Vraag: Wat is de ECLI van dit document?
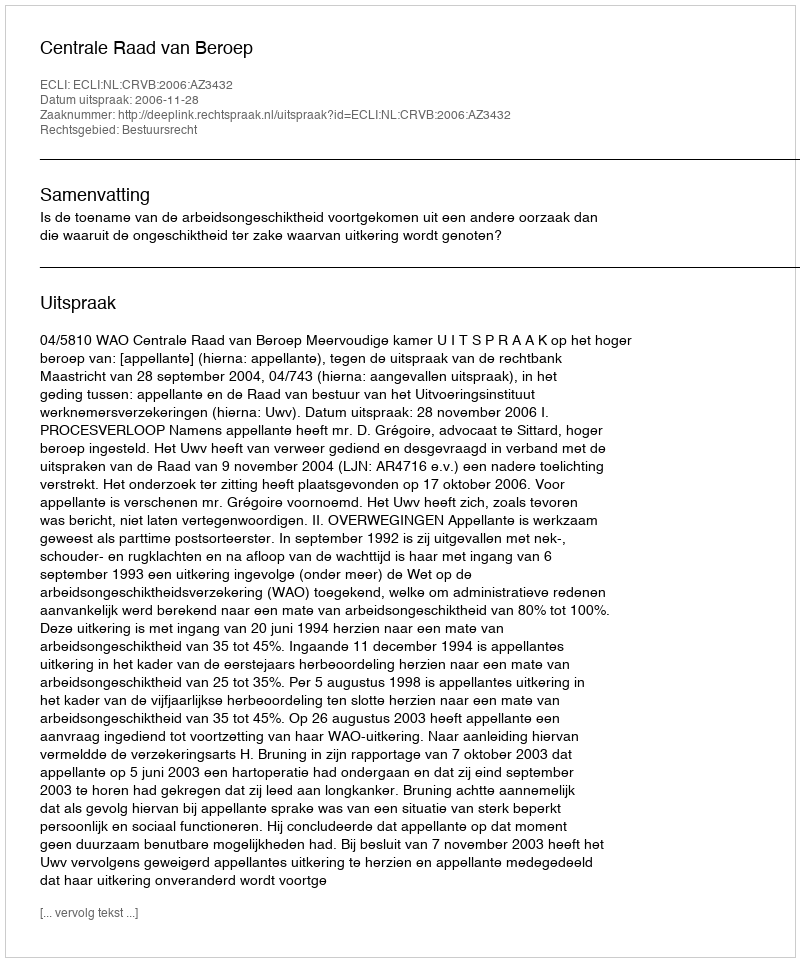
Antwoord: ECLI:NL:CRVB:2006:AZ3432